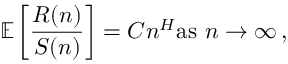
\mathbb { E } \left[ { \frac { R ( n ) } { S ( n ) } } \right] = C n ^ { H } { \mathrm { a s ~ } } n \to \infty \, ,